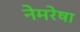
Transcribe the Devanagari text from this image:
नेमरेषा